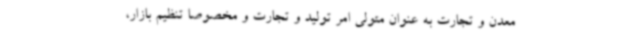
معدن و تجارت به عنوان متولی امر تولید و تجارت و مخصوصا تنظیم بازار،